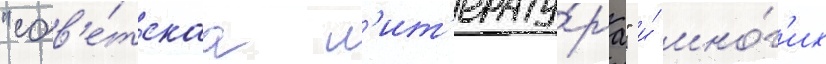
"сов'е́тскаа л'ит'ерату́ра" и́ мно́г'их